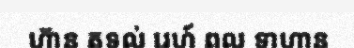
ហ៊ាន តទល់ រេហ៍ ពល ទាហាន